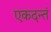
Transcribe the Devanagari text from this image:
एकदन्तं